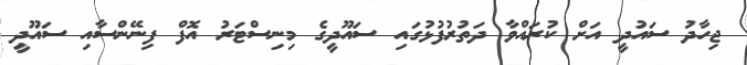
ޖިހާދު ސައުދީ އަށް ކުރައްވާ ދަތުރުފުޅުގައި ސައޫދީގެ މިނިސްޓަރު އޮފް ފިނޭންސާއި ސައޫދީ